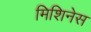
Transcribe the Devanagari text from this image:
मिशिनेस